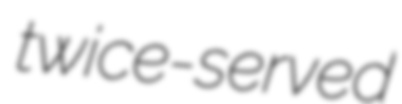
twice-served